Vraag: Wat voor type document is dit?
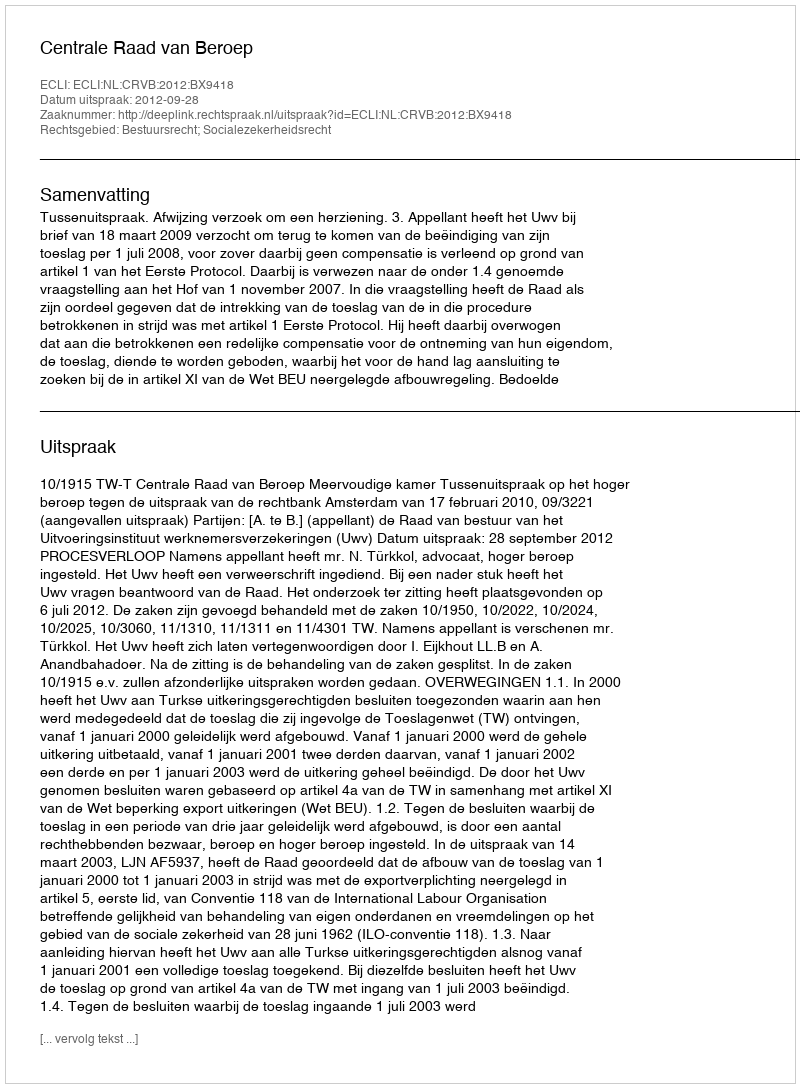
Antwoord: Uitspraak